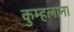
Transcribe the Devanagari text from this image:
कुम्हलाना